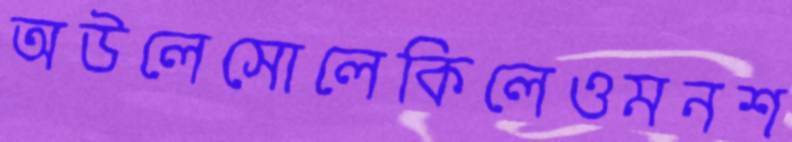
অউলেসোলেকিলেওমনশ